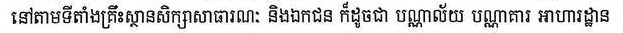
នៅតាមទីតាំងគ្រឹះស្ថានសិក្សាសាធរណៈ និងឯកជន ក៏ដូចជា បណ្ណាល័យ បណ្ណាគារ អាហារដ្ឋាន